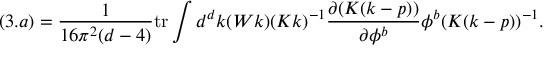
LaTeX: ( 3 . a ) = \frac { 1 } { 1 6 \pi ^ { 2 } ( d - 4 ) } \mathrm { t r } \int d ^ { d } k ( W k ) ( K k ) ^ { - 1 } \frac { \partial ( K ( k - p ) ) } { \partial \phi ^ { b } } \phi ^ { b } ( K ( k - p ) ) ^ { - 1 } .